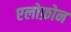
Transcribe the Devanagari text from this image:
एलोफ़ोन